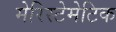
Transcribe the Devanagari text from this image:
मेरिस्टेमेटिक